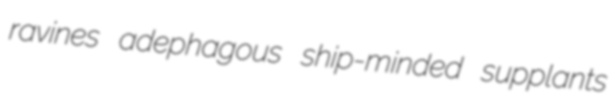
ravines adephagous ship-minded supplants